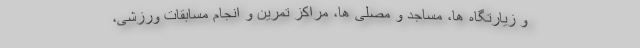
و زیارتگاه ها، مساجد و مصلی ها، مراکز تمرین و انجام مسابقات ورزشی،